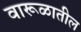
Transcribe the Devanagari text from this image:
वारूळातील